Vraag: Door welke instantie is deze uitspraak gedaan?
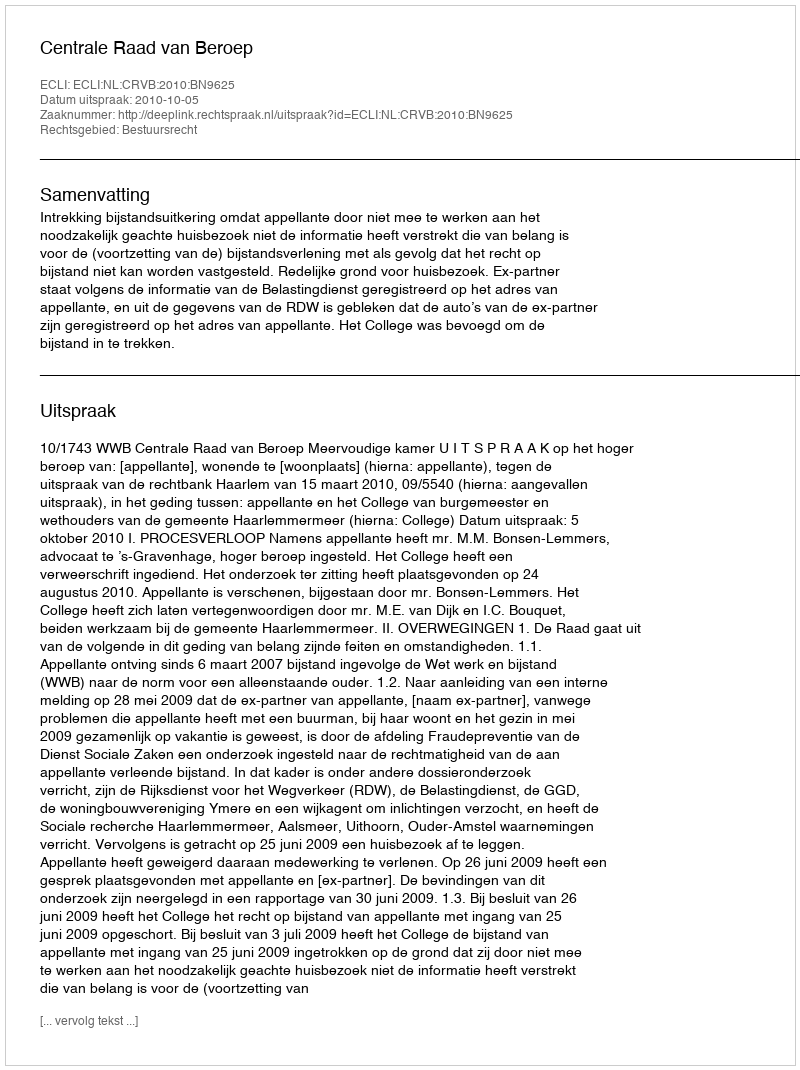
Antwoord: Centrale Raad van Beroep